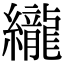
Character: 䌬